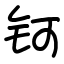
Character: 钶